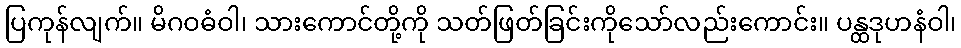
ပြကုန်လျက်။ မိဂဝဓံဝါ၊ သားကောင်တို့ကို သတ်ဖြတ်ခြင်းကိုသော်လည်းကောင်း။ ပန္ထဒုဟနံဝါ၊